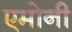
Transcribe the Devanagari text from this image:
एमोनी